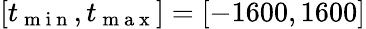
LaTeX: [t_{\mathrm{~m~i~n~}},t_{\mathrm{~m~a~x~}}]=[-1600,1600]